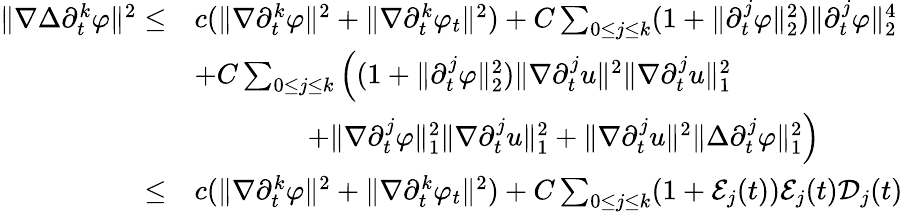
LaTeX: \begin{array}{rl}{\| \nabla\Delta\partial_{t}^{k}\varphi\| ^{2}\leq}&{c(\| \nabla\partial_{t}^{k}\varphi\| ^{2}+\| \nabla\partial_{t}^{k}\varphi_{t}\| ^{2})+C\sum_{0\leq j\leq k}(1+\| \partial_{t}^{j}\varphi\| _{2}^{2})\| \partial_{t}^{j}\varphi\| _{2}^{4}}\\ &{+C\sum_{0\leq j\leq k}\Big((1+\| \partial_{t}^{j}\varphi\| _{2}^{2})\| \nabla\partial_{t}^{j}u\| ^{2}\| \nabla\partial_{t}^{j}u\| _{1}^{2}}\\ &{\qquad\qquad+\| \nabla\partial_{t}^{j}\varphi\| _{1}^{2}\| \nabla\partial_{t}^{j}u\| _{1}^{2}+\| \nabla\partial_{t}^{j}u\| ^{2}\| \Delta\partial_{t}^{j}\varphi\| _{1}^{2}\Big)}\\ {\leq}&{c(\| \nabla\partial_{t}^{k}\varphi\| ^{2}+\| \nabla\partial_{t}^{k}\varphi_{t}\| ^{2})+C\sum_{0\leq j\leq k}(1+\mathcal{E}_{j}(t))\mathcal{E}_{j}(t)\mathcal{D}_{j}(t)}\end{array}